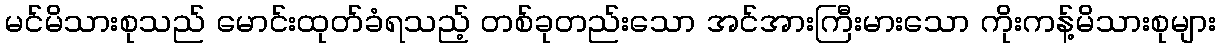
မင်မိသားစုသည် မောင်းထုတ်ခံရသည့် တစ်ခုတည်းသော အင်အားကြီးမားသော ကိုးကန့်မိသားစုများ